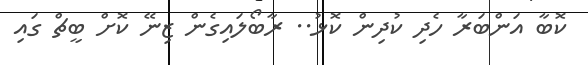
ކޮބާ އަންބަރާ ހެދި ކުދިން ކޮޅު.. ރާބޯލައިގެން ޒިނޭ ކޮށް ބީޗް ގައި